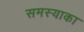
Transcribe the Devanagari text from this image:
समस्याका